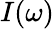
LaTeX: I(\omega)